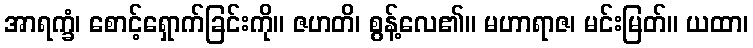
အာရက္ခံ၊ စောင့်ရှောက်ခြင်းကို။ ဇဟတိ၊ စွန့်လေ၏။ မဟာရာဇ၊ မင်းမြတ်။ ယထာ၊